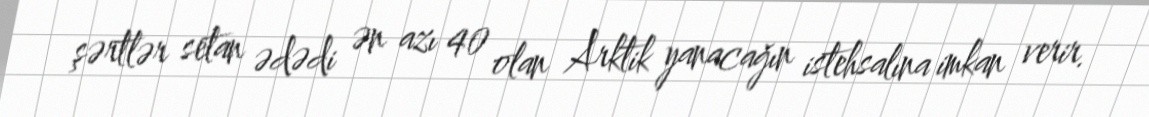
şərtlər setan ədədi ən azı 40 olan Arktik yanacağın istehsalına imkan verir.